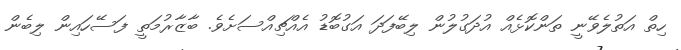
ހިތް އަތުލެވޭނީ ތަންކޮޅެއް އުދަގުލުން ލިބޭފަދަ އަގުބޮޑު އެއްޗިއްސަށެވެ. ބާޒާރުމަތީ ފަސޭހައިން ލިބެން